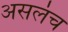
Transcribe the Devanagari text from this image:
असलंच